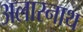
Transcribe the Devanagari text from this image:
अलारनाथ